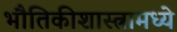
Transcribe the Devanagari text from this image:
भौतिकीशास्त्रामध्ये